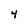
Character: 4